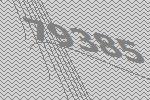
79385